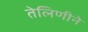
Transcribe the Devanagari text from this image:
तेलिणीने